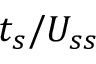
t _ { s } / U _ { s s }